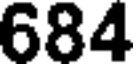
684